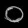
Digit: ၀